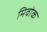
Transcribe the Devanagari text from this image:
मिवोक